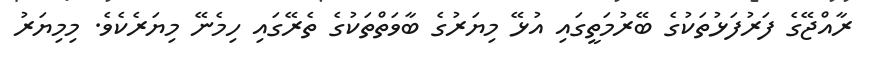
ރާއްޖޭގެ ފަރުފަޅުތަކުގެ ބޭރުމަތީގައި އުޅޭ މިޔަރުގެ ބާވަތްތަކުގެ ތެރޭގައި ހިމެނޭ މިޔަރެކެވެ. މިމިޔަރު